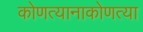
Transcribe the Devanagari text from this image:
कोणत्यानाकोणत्या